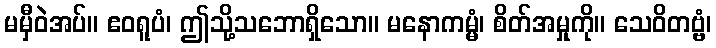
မမှီဝဲအပ်။ ဧဝရူပံ၊ ဤသို့သဘောရှိသော။ မနောကမ္မံ၊ စိတ်အမှုကို။ သေဝိတဗ္ဗံ၊